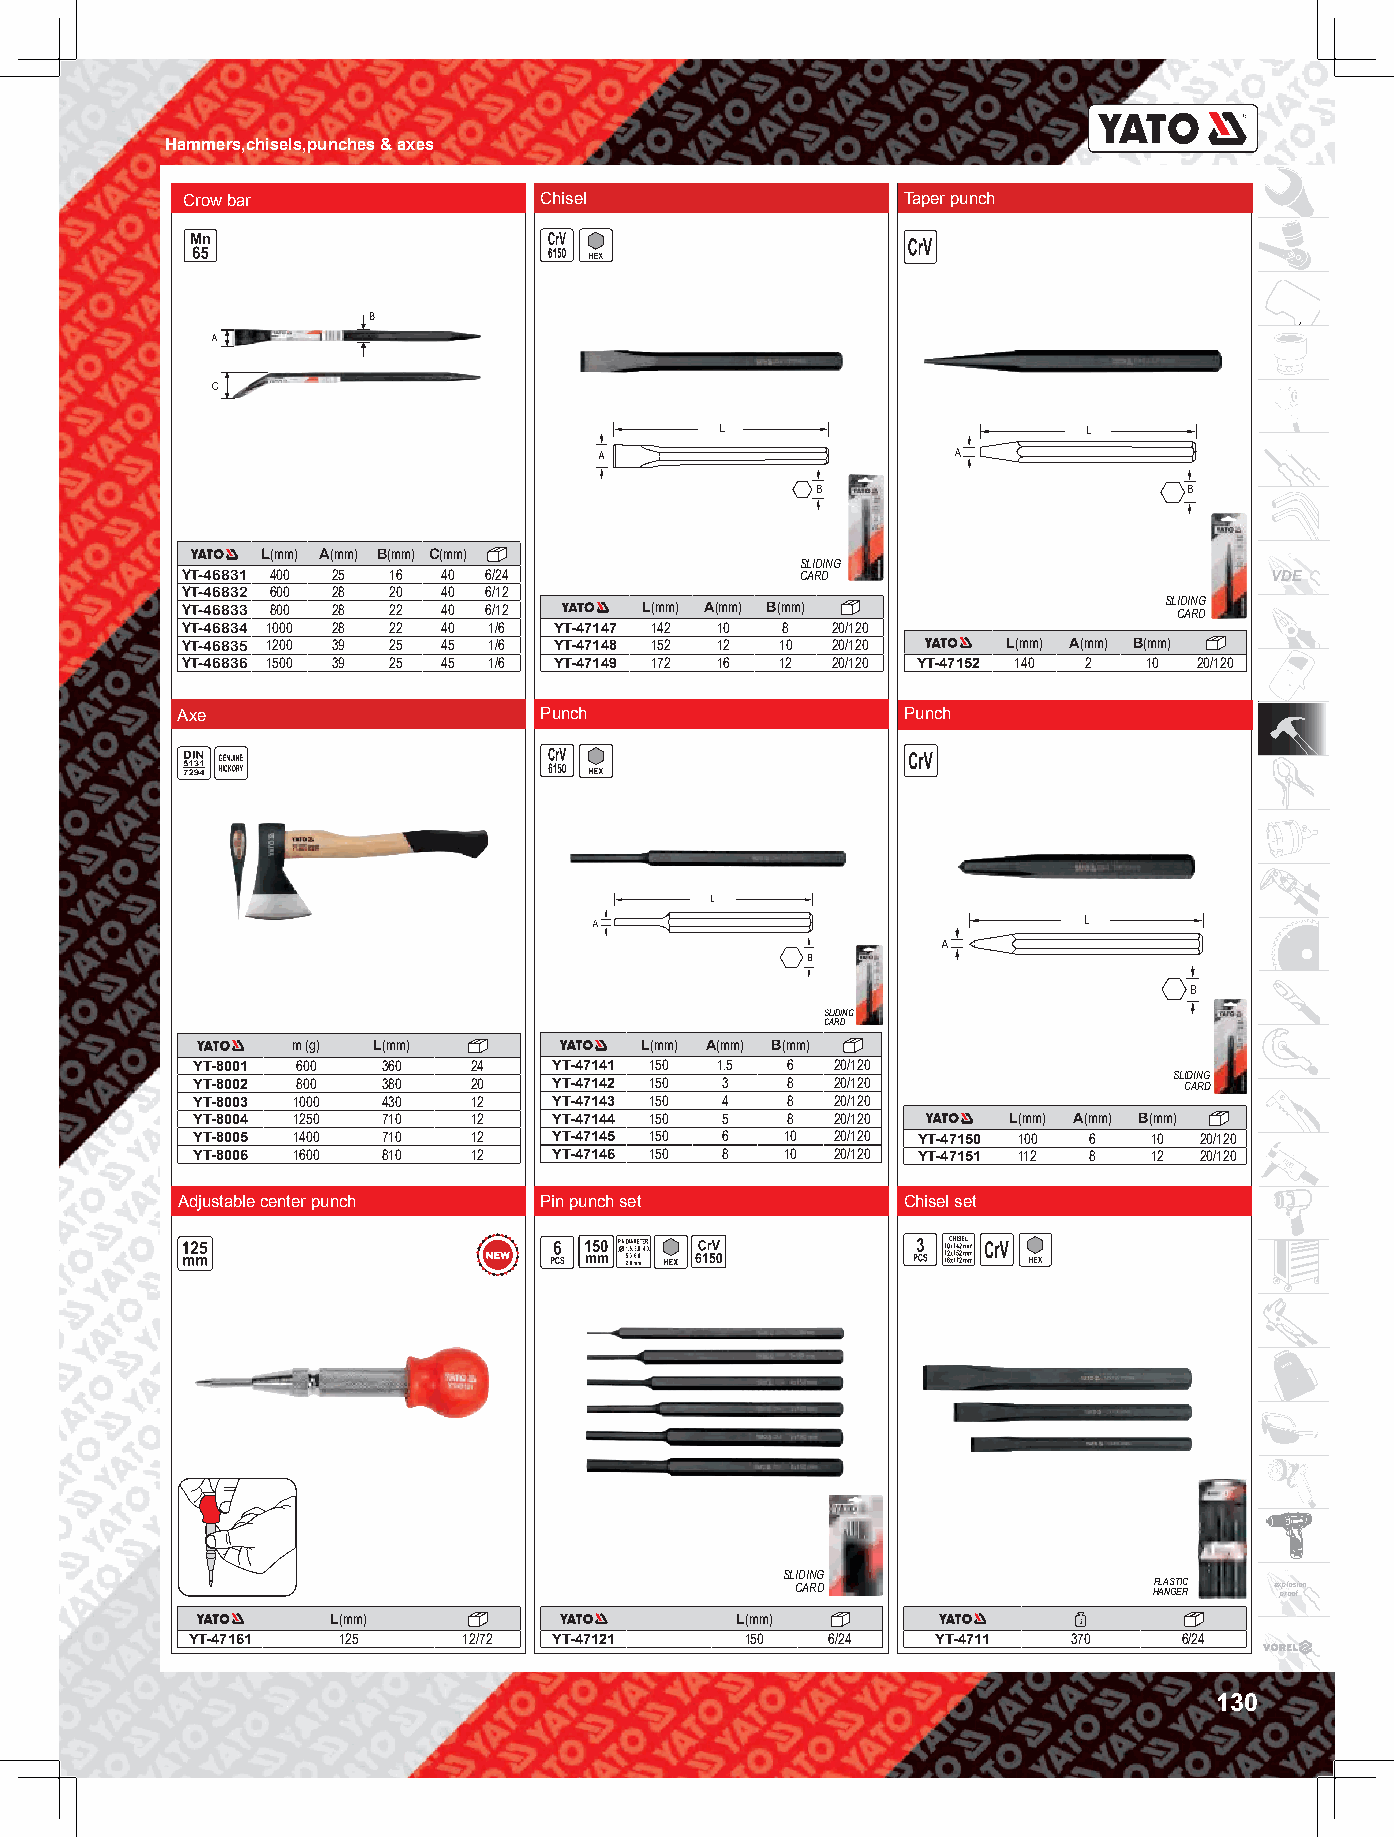
Hammers,chisels,punches & axes
 Crow bar                Chisel                  Taper punch
 B
 A
 C
 B                        B
 L(mm) A(mm) B(mm) C(mm)
 SLIDING
 YT-46831 400 25 16 40 6/24               CARD                           VDE
 YT-46832 600 28 20 40 6/12
 YT-46833 800 28 22 40 6/12     L(mm) A(mm) B(mm)                 SL CID AIN RG D
 YT-46834 1000 28 22 40 1/6 YT-47147 142 10 8 20/120
 YT-46835 1200 39 25 45 1/6 YT-47148 152 12 10 20/120   L(mm) A(mm) B(mm)
 YT-46836 1500 39 25 45 1/6 YT-47149 172 16 12 20/120 YT-47152 140 2 10 20/120
 Axe                     Punch                   Punch
 B
 B
 SLIDING
 CARD
 m (g) L(mm)            L(mm) A(mm) B(mm)
 YT-8001 600 360   24    YT-47141 150 1.5 6 20/120
 SLIDING
 YT-8002 800 380   20    YT-47142 150 3 8  20/120                 CARD
 YT-8003 1000 430  12    YT-47143 150 4 8  20/120
 YT-8004 1250 710  12    YT-47144 150 5 8  20/120      L(mm) A(mm) B(mm)
 YT-8005 1400 710  12    YT-47145 150 6 10 20/120 YT-47150 100 6 10 20/120
 YT-8006 1600 810  12    YT-47146 150 8 10 20/120 YT-47151 112 8 12 20/120
 Adjustable center punch Pin punch set           Chisel set
 SLIDING
 CARD                   HP ALA NS GT EI RC e x pp rl oo os fion
 L(mm)                      L(mm)
 YT-47161  125      12/72 YT-47121    150   6/24   YT-4711  370    6/24
 130